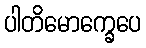
ပါတိမောက္ခေပေ